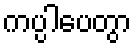
ကပ္ပါပေတွာ